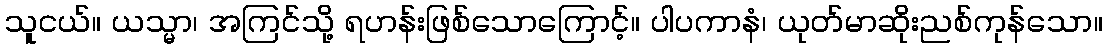
သူငယ်။ ယသ္မာ၊ အကြင်သို့ ရဟန်းဖြစ်သောကြောင့်။ ပါပကာနံ၊ ယုတ်မာဆိုးညစ်ကုန်သော။